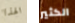
الهذا الكثير